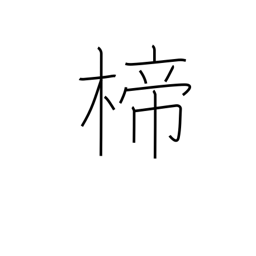
Meaning: ornamental hairpin